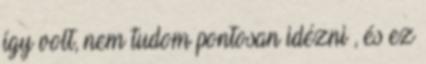
így volt, nem tudom pontosan idézni , és ez